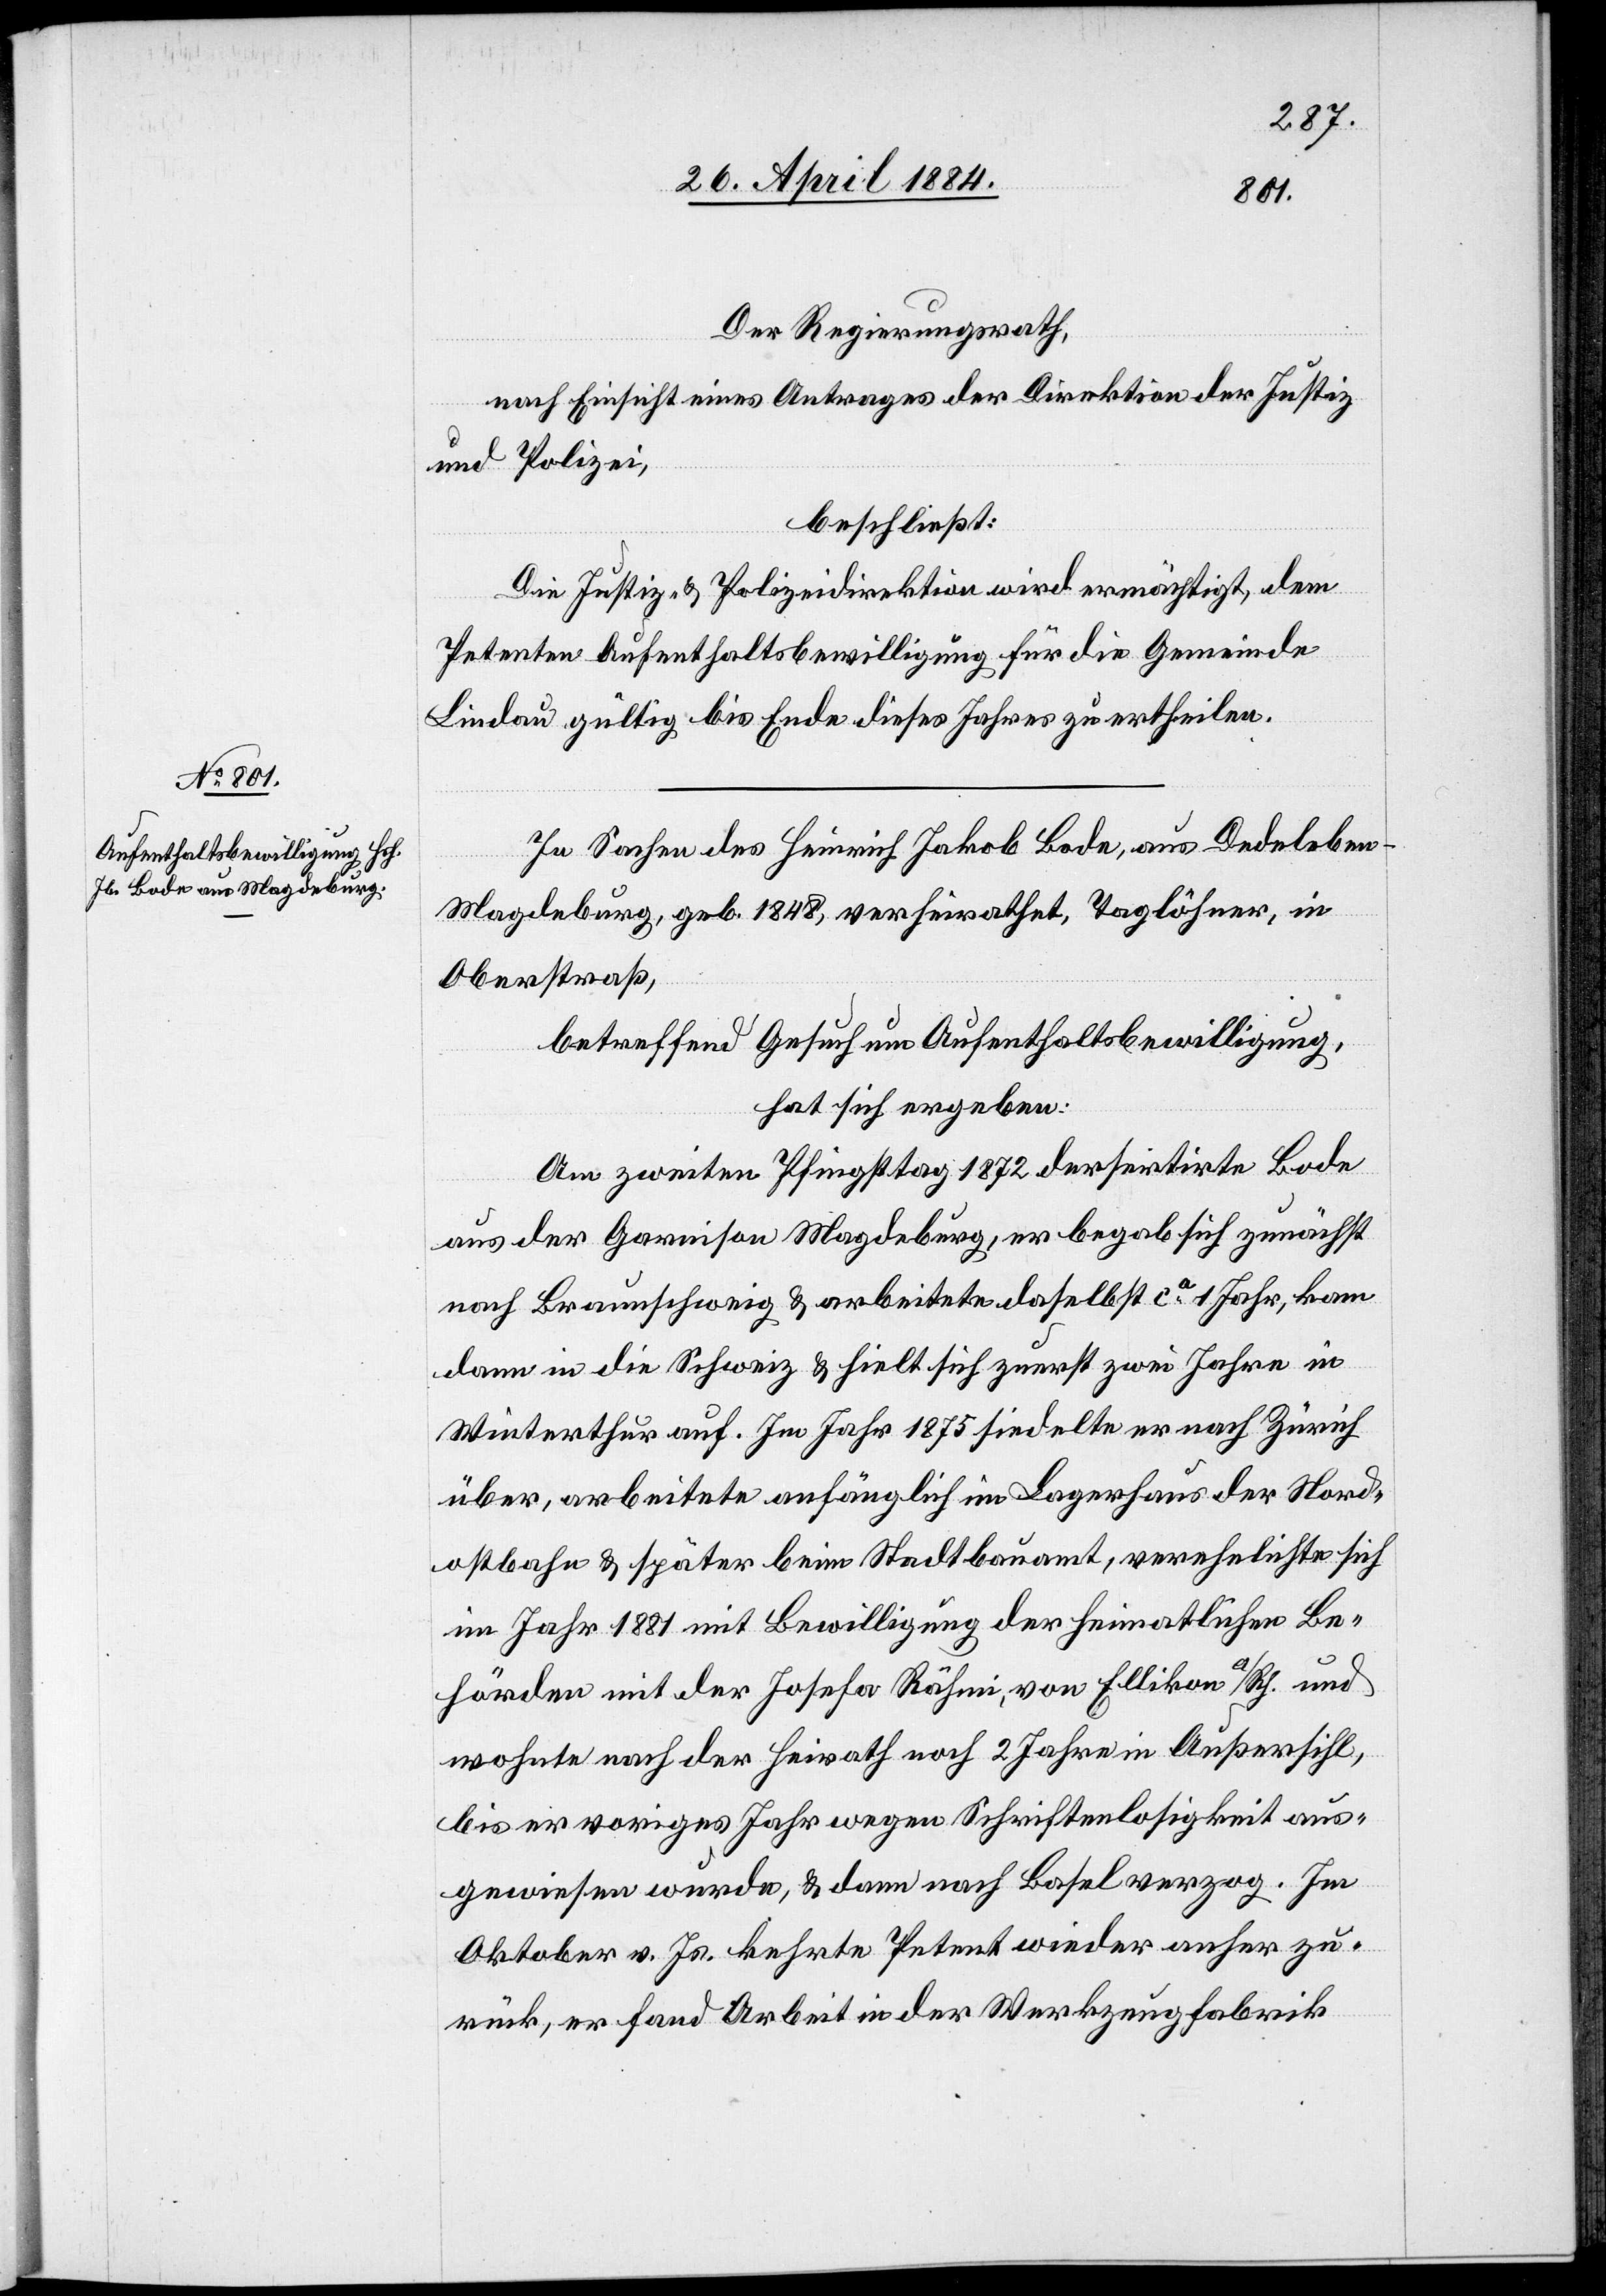
Der Regierungsrath,
nach Einsicht eines Antrages der Direktion der Justiz
und Polizei,
beschließt:
Die Justiz- & Polizeidirektion wird ermächtigt, dem
Petenten Aufenthaltsbewilligung für die Gemeinde
Lindau gültig bis Ende dieses Jahres zu ertheilen.
In Sachen des Heinrich Jakob Bode, aus Dedeleben
Magdeburg, geb. 1848 verheirathet, Taglöhner, in
Oberstraß,
betreffend Gesuch um Aufenthaltsbewilligung,
hat sich ergeben:
Am zweiten Pfingsttag 1872 dersertirte [sic!]
aus der Garnison Magdeburg, er begab sich zunächst
nach Braunschweig & arbeitete daselbst ca 1Jahr, kam
dann in die Schweiz & hielt sich zuerst zwei Jahre in
Winterthur auf. Im Jahr 1878 siedelte er nach Zürich
über, arbeitete anfänglich im Lagerhaus der Nord¬
ostbahn & später beim Stadtbauamt, verehelichte sich
im Jahr 1881 mit Bewilligung der heimatlichen Be¬
hörden mit der Josefa Rähmi, von Ellikon a/Rh. und
wohnte nach der Heirath noch 2 Jahre in Außersihl,
bis er voriges Jahr wegen Schriftenlosigkeit aus¬
gewiesen wurde, & dann nach Basel verzog. Im
Oktober v. Js. kehrte Petent wieder anher zu¬
rück, er fand Arbeit in der Werkzeugfabrik